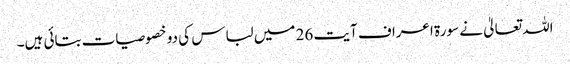
اللہ تعالیٰ نے سورۃ اعراف آیت 26 میں لباس کی دو خصوصیات بتائی ہیں۔